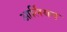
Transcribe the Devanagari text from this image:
आर्लियन